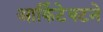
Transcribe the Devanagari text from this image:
आर्किटेक्‍टने